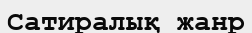
Сатиралық жанр